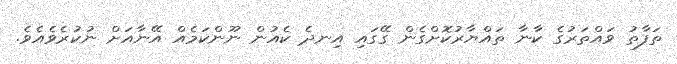
ތަފާތު ވައްތަރުގެ ކާނާ ތައްޔާރުކޮށްގެން ގޭގައި އިނދެ ކެއުން ނޫންކަމެއް އޭނާއަށް ނުކުރެވެއެވެ.